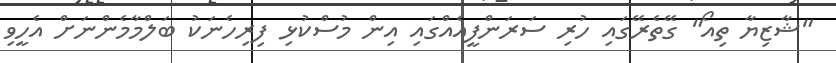
"ޝާޒިޔާ ތިއޯ" ގޭތެރޭގައި ހުރި ސަރަންފީއެއްގައި އިން މުސްކުޅި ފިރިހެނަކު ބަލްމާމެންނަށް އެހީވި